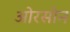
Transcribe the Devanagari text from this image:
ओरसोन